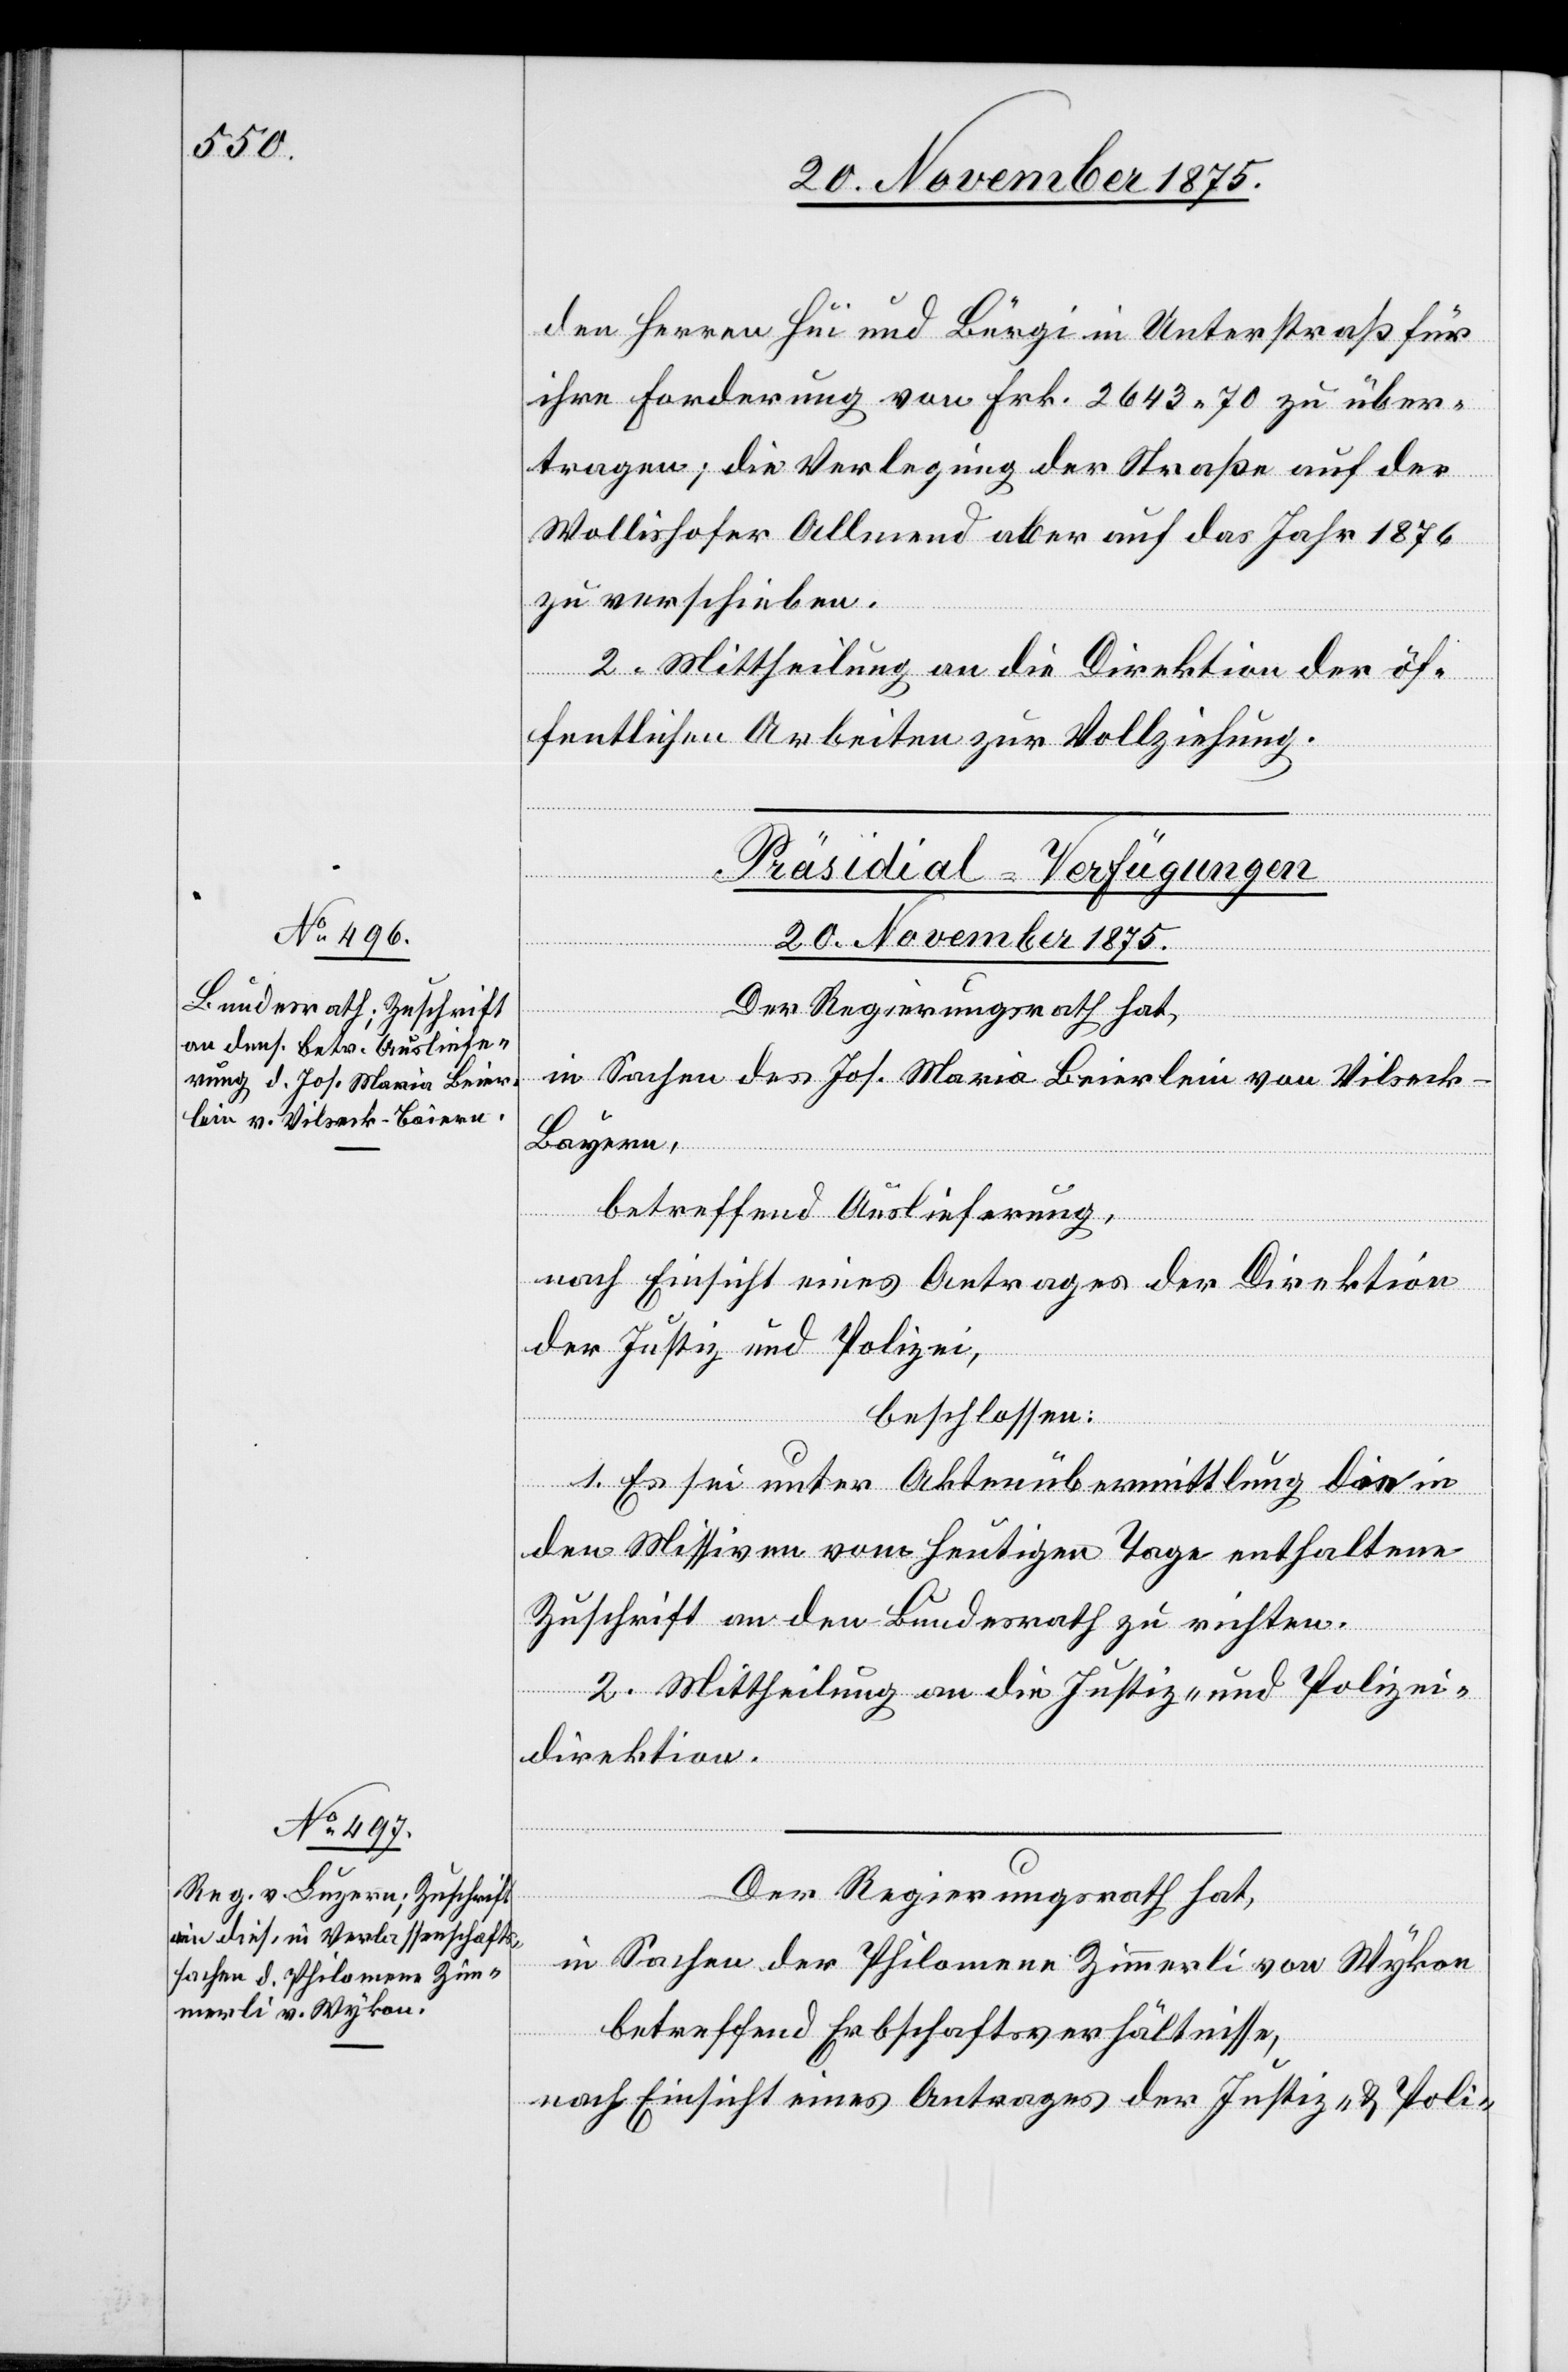
den Herren Hui und Bürgi in Unterstraß für
ihre Forderung von Frk. 2643 70 zu über¬
tragen; die Verlegung der Straße auf der
Wollishofer Allmend aber auf das Jahr 1876
zu verschieben.
2. Mittheilung an die Direktion der öf¬
fentlichen Arbeiten zur Vollziehung.
[Präsidial-Verfügungen
20. November 1875.]
Der Regierungsrath hat,
in Sachen des Jos. Maria Beierlein von Vilseck -
Bayern,
betreffend Auslieferung,
nach Einsicht eines Antrages der Direktion
der Justiz und Polizei,
beschlossen:
1. Es sei unter Aktenübermittlung die in
den Missiven vom heutigen Tage enthaltene
Zuschrift an den Bundesrath zu richten.
2. Mittheilung an die Justiz- und Polizei¬
direktion.
Der Regierungsrath hat,
in Sachen der Philomene Zimmerli von Wykon
betreffend Erbschaftsverhältnisse,
nach Einsicht eines Antrages der Justiz - & Poli-